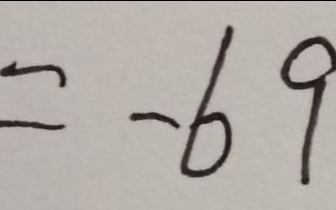
= - 6 9